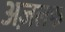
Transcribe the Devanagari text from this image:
अज़लफ